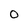
Character: O